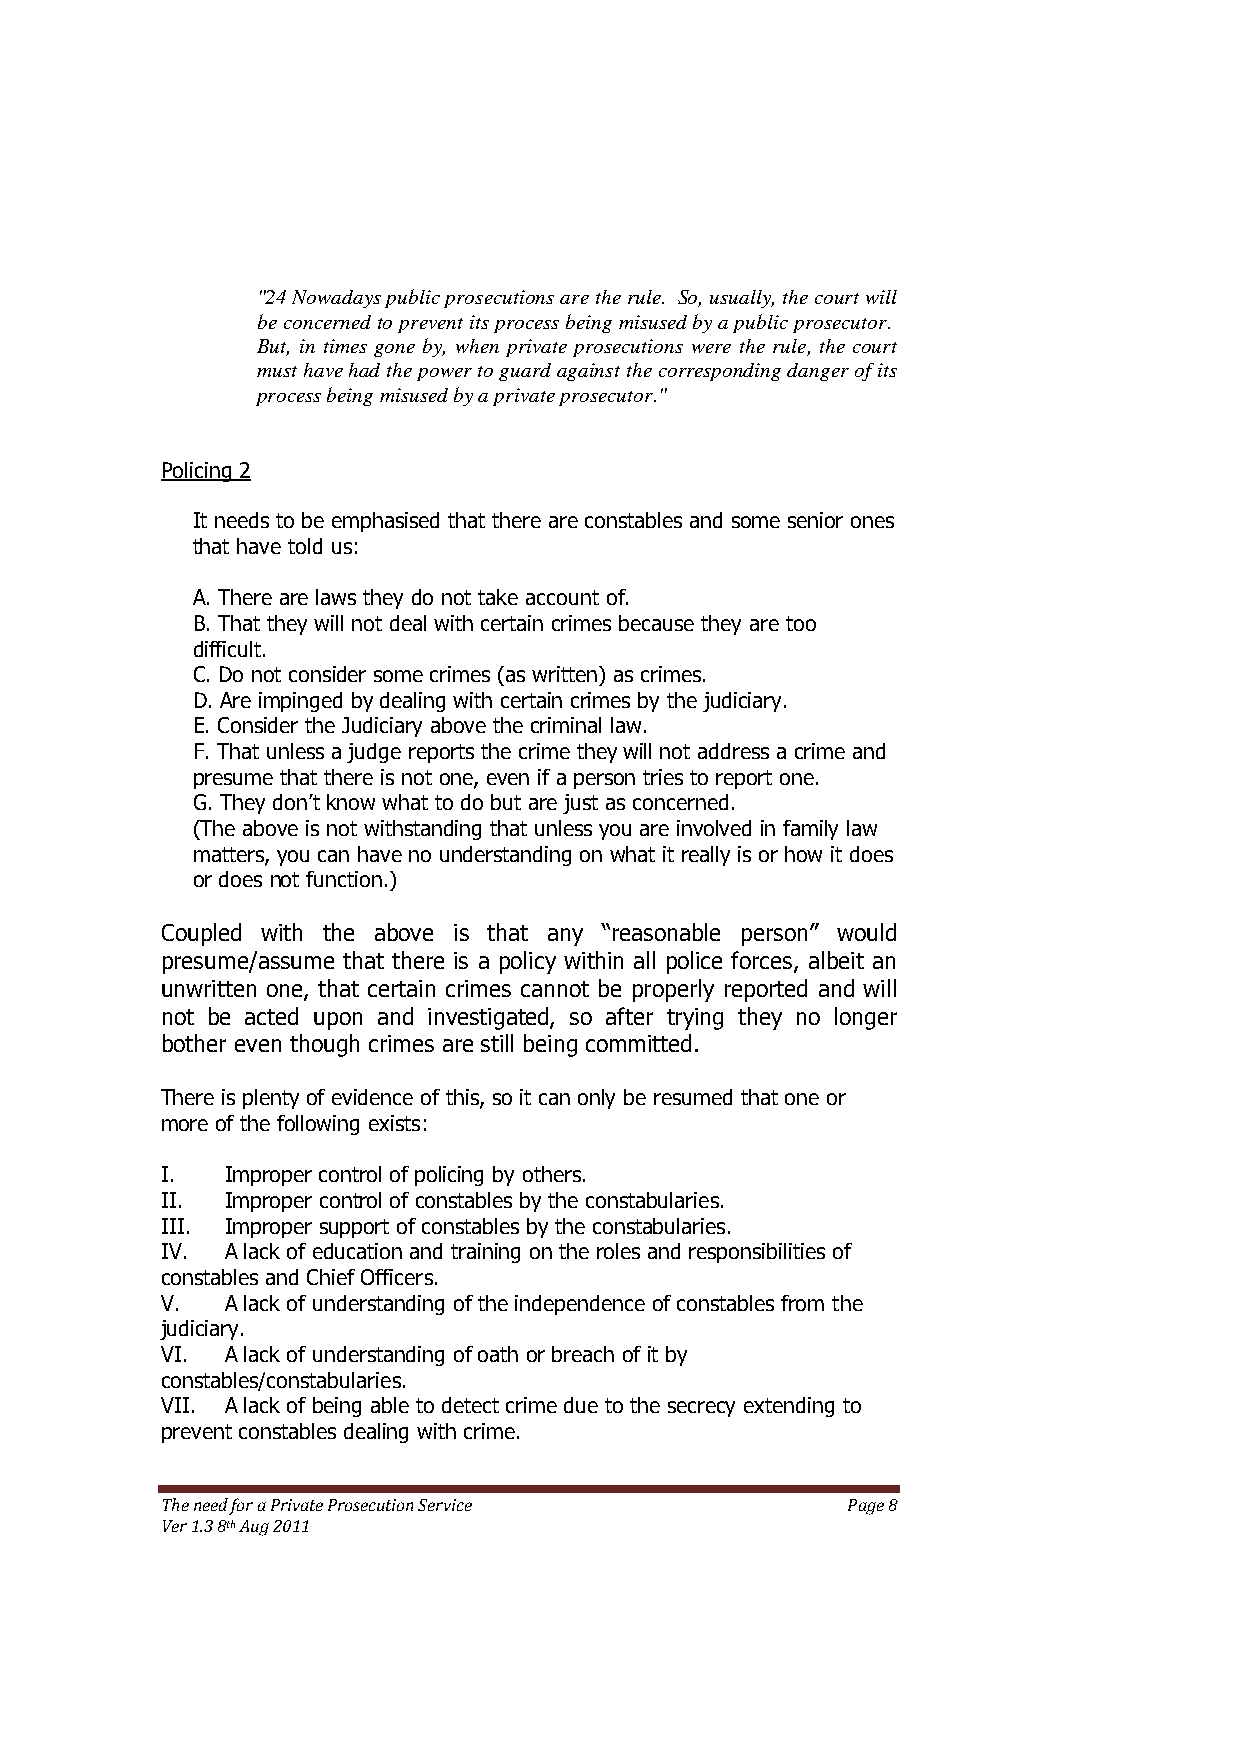
"24 Nowadays public prosecutions are the rule. So, usually, the court will
 be concerned to prevent its process being misused by a public prosecutor.
 But, in times gone by, when private prosecutions were the rule, the court
 must have had the power to guard against the corresponding danger of its
 process being misused by a private prosecutor."
 Policing 2
 It needs to be emphasised that there are constables and some senior ones
 that have told us:
 A. There are laws they do not take account of.
 B. That they will not deal with certain crimes because they are too
 difficult.
 C. Do not consider some crimes (as written) as crimes.
 D. Are impinged by dealing with certain crimes by the judiciary.
 E. Consider the Judiciary above the criminal law.
 F. That unless a judge reports the crime they will not address a crime and
 presume that there is not one, even if a person tries to report one.
 G. They don’t know what to do but are just as concerned.
 (The above is not withstanding that unless you are involved in family law
 matters, you can have no understanding on what it really is or how it does
 or does not function.)
 Coupled with the above is that any ―reasonable person‖ would
 presume/assume that there is a policy within all police forces, albeit an
 unwritten one, that certain crimes cannot be properly reported and will
 not be acted upon and investigated, so after trying they no longer
 bother even though crimes are still being committed.
 There is plenty of evidence of this, so it can only be resumed that one or
 more of the following exists:
 I.  Improper control of policing by others.
 II. Improper control of constables by the constabularies.
 III. Improper support of constables by the constabularies.
 IV. A lack of education and training on the roles and responsibilities of
 constables and Chief Officers.
 V.  A lack of understanding of the independence of constables from the
 judiciary.
 VI. A lack of understanding of oath or breach of it by
 constables/constabularies.
 VII. A lack of being able to detect crime due to the secrecy extending to
 prevent constables dealing with crime.
 The need for a Private Prosecution Service   Page 8
 Ver 1.3 8th Aug 2011